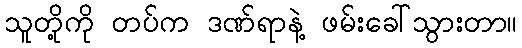
သူတို့ကို တပ်က ဒဏ်ရာနဲ့ ဖမ်းခေါ်သွားတာ။